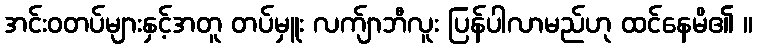
အင်းဝတပ်များနှင့်အတူ တပ်မှူး လက်ျာဘီလူး ပြန်ပါလာမည်ဟု ထင်နေမိ၏ ။